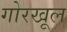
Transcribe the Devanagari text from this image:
गोरखूल